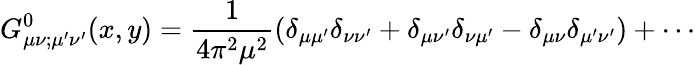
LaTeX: G_{\mu\nu;\mu^{\prime}\nu^{\prime}}^{0}(x,y)=\frac{1}{4\pi^{2}\mu^{2}}(\delta_{\mu\mu^{\prime}}\delta_{\nu\nu^{\prime}}+\delta_{\mu\nu^{\prime}}\delta_{\nu\mu^{\prime}}-\delta_{\mu\nu}\delta_{\mu^{\prime}\nu^{\prime}})+\cdots